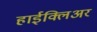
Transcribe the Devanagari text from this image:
हाईक्लिअर